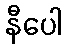
နီပေါ